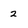
Character: 2